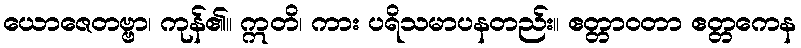
ယောဇေတဗ္ဗာ၊ ကုန်၏။ ဣတိ၊ ကား ပရိသမာပနတည်း။ ဧတ္တာဝတာ ဧတ္တကေန